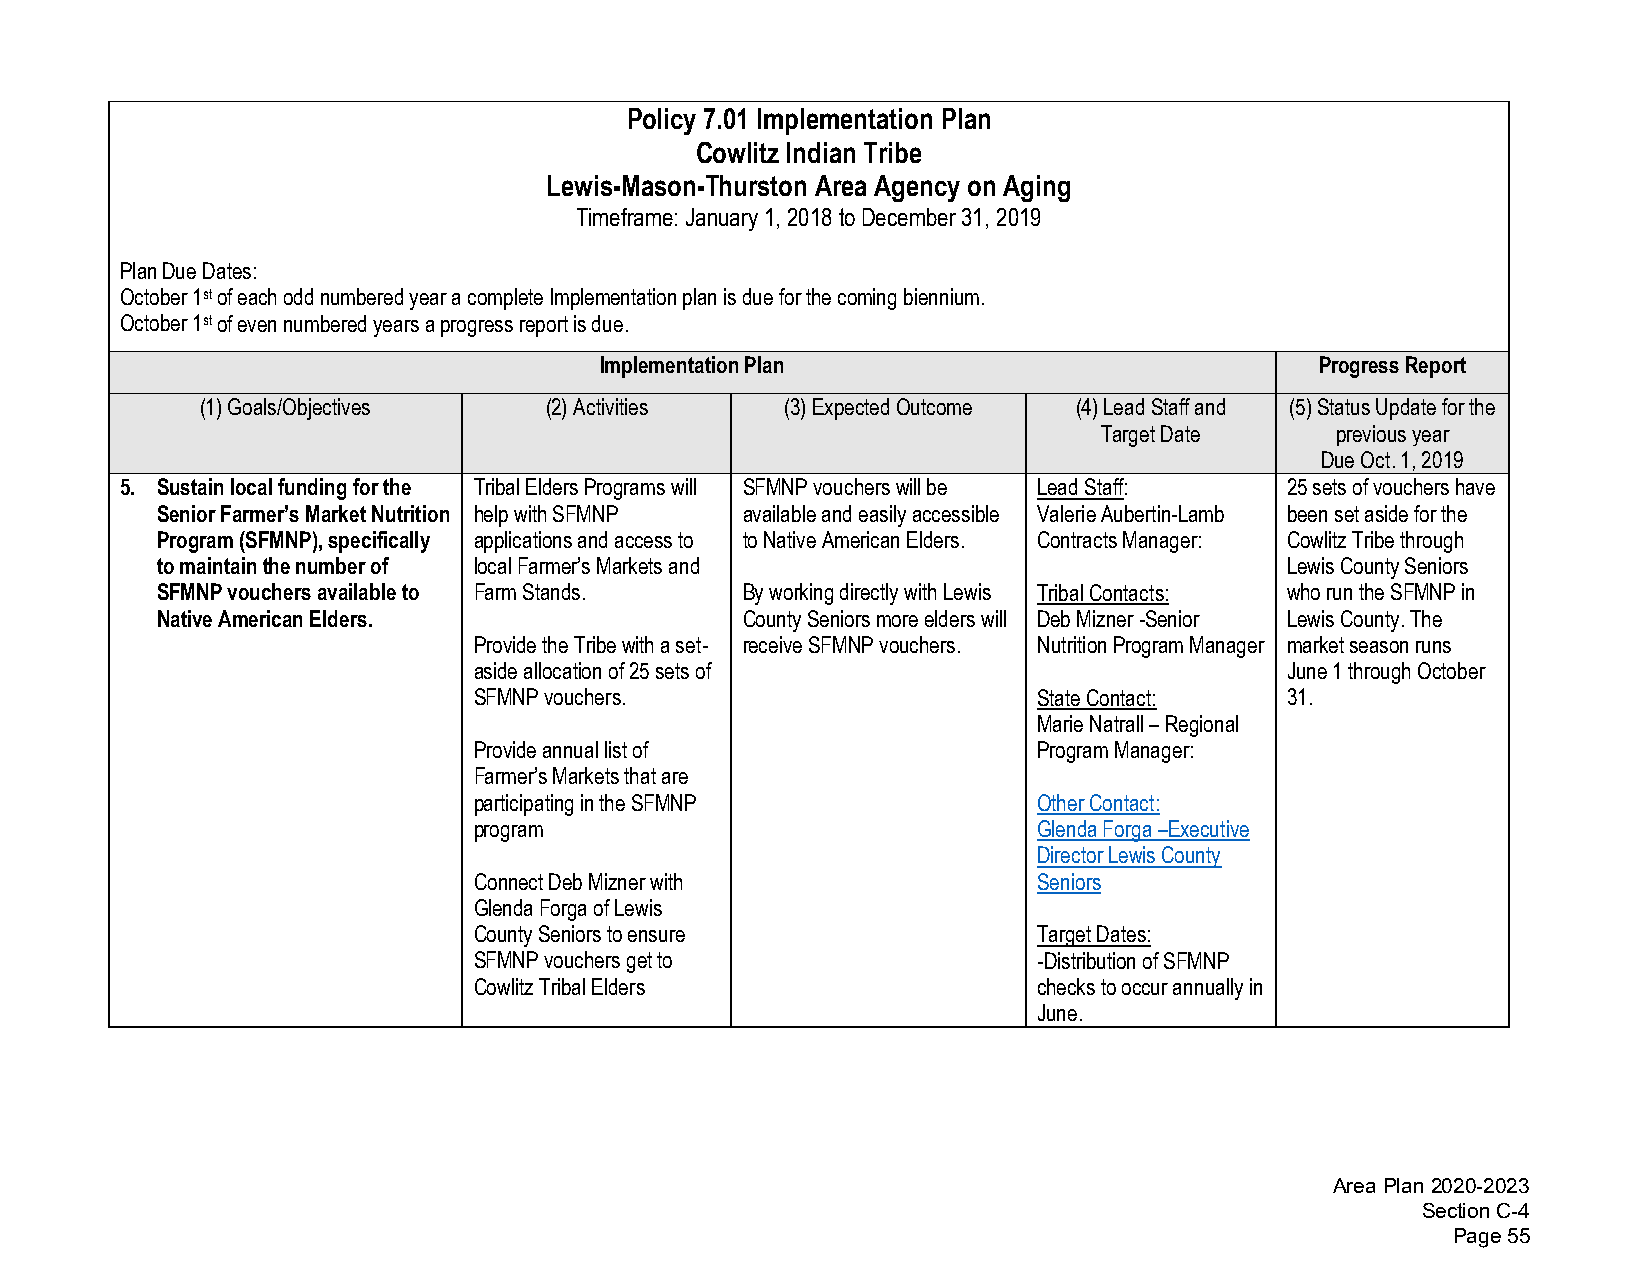
Policy 7.01 Implementation Plan
 Cowlitz Indian Tribe
 Lewis-Mason-Thurston Area Agency on Aging
 Timeframe: January 1, 2018 to December 31, 2019
 Plan Due Dates:
 October 1st of each odd numbered year a complete Implementation plan is due for the coming biennium.
 October 1st of even numbered years a progress report is due.
 Implementation Plan                            Progress Report
 (1)Goals/Objectives    (2)Activities   (3)Expected Outcome (4)Lead Staff and (5)Status Update for the
 Target Date    previous year
 Due Oct. 1, 2019
 5. Sustain local funding for the Tribal Elders Programs will SFMNP vouchers will be Lead Staff: 25 sets of vouchers have
 Senior Farmer’s Market Nutrition help with SFMNP available and easily accessible Valerie Aubertin-Lamb been set aside for the
 Program (SFMNP), specifically applications and access to to Native American Elders. Contracts Manager: Cowlitz Tribe through
 to maintain the number of local Farmer’s Markets and                       Lewis County Seniors
 SFMNP vouchers available to Farm Stands. By working directly with Lewis Tribal Contacts: who run the SFMNP in
 Native American Elders.                County Seniors more elders will Deb Mizner -Senior Lewis County. The
 Provide the Tribe with a set- receive SFMNP vouchers. Nutrition Program Manager market season runs
 aside allocation of 25 sets of                        June 1 through October
 SFMNP vouchers.                       State Contact:  31.
 Marie Natrall – Regional
 Provide annual list of                Program Manager:
 Farmer’s Markets that are
 participating in the SFMNP            Other Contact:
 program                               Glenda Forga –Executive
 Director Lewis County
 Connect Deb Mizner with               Seniors
 Glenda Forga of Lewis
 County Seniors to ensure              Target Dates:
 SFMNP vouchers get to                 -Distribution of SFMNP
 Cowlitz Tribal Elders                 checks to occur annually in
 June.
 Area Plan 2020-2023
 Section C-4
 Page 55